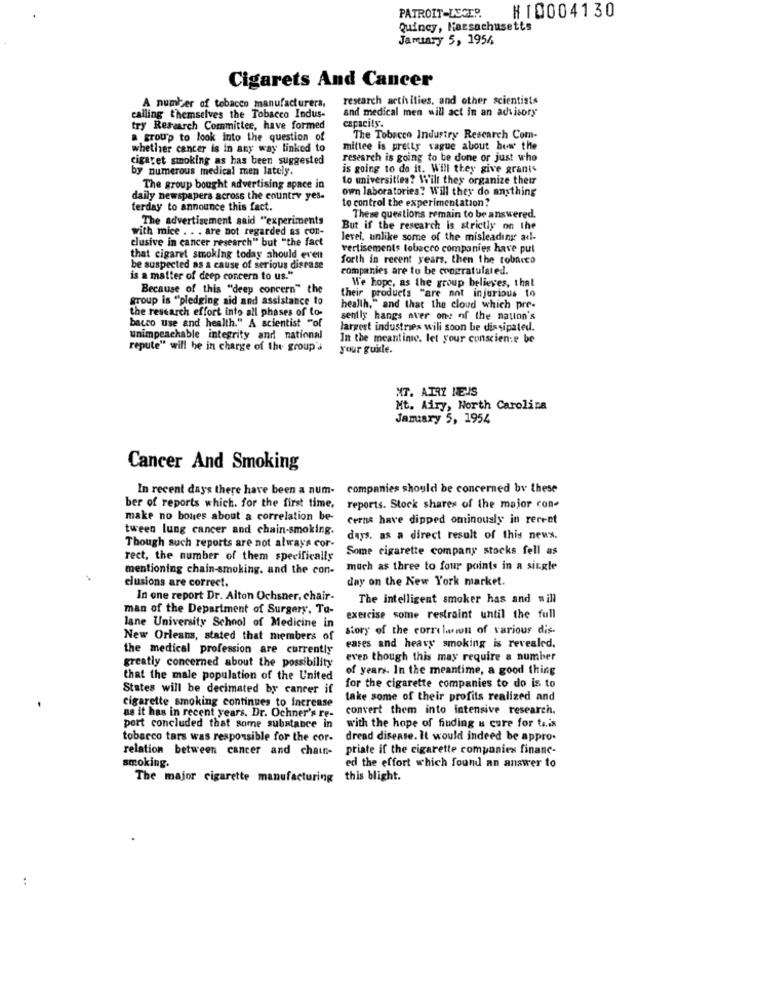
PATROIT-LUGER.
#10004130
Quincy, Massachusetts
January 5, 1954
Cigarets And Cancer
research activities, and other scientists
A number of tobacco manufacturers,
and medical men will act in an advisory
calling themselves the Tobacco Indus-
capacity.
try Research Committee, have formed
a group to look into the question of
The Tobacco Industry Rescarch Com-
whether cancer is in any way linked to
mittee is pretty vague about how the
cigaret smoking as has been suggested
research is going to be done or just who
by numerous medical men lately.
is going to do it. Will they give grants
to universities? Will they organize their
The group bought advertising space in
own laboratories? Will they do anything
daily newspapers across the country yes-
to control the experimentation?
terday to announce this fact.
The advertisement said "experiments
These questions remain to be answered.
with mice . . . are not regarded as con-
But if the research is strictly on the
clusive in cancer research" but "the fact
level, unlike some of the misleading ad-
vertisements tobacco companies have put
that cigaret smoking today should even
forth in recent years. then the tobacco
be suspected as a cause of serious disease
companies are to be congratulated.
is a matter of deep concern to us."
We hope, as the group believes, that
Because of this "deep concern" the
group is "pledging aid and assistance to
their products "are not injurious to
the research effort into all phases of to-
health," and that the cloud which pre-
bacco use and health." A scientist "of
sentiy hangs aver one of the nation's
largest industries will soon be dissipated.
unimpeachable integrity and national
In the meantime. let your conscien:e be
repute" will be in charge of the group's
your guile.
MT. ATRY ME.IS
Mt. Airy, North Carolina
January 5, 1954
Cancer And Smoking
In recent days there have been a num- companies should be concerned by these
ber of reports which. for the first time, reports. Stock shares of the major con-
make no bones about a correlation be-
cerne have dipped ominously in recent
tween lung cancer and chain-smoking.
days. as a direct result of this news.
Though such reports are not always cor-
Some cigarette company stocks fell as
rect, the number of them specifically
mentioning chain-smoking. and the con-
much as three to four points in a single
clusions are correct.
day on the New York market.
In one report Dr. Alton Ochsner, chair-
The intelligent smoker has and will
man of the Department of Surgery, To-
exercise some restraint until the full
lane University School of Medicine in
story of the corrilin of various dis-
New Orleans, stated that members of
the medical profession are currently
cases and heavy smoking is revealed.
even though this may require a number
greatly concerned about the possibility
of years. In the meantime, a good thing
that the male population of the United
States will be decimated by cancer if
for the cigarette companies to do is to
take some of their profits realized and
cigarette smoking continues to Increase
convert them into intensive research.
as it has in recent years. Dr. Ochner's re-
port concluded that some substance in
with the hope of finding a cure for tais
tobacco tars was responsible for the cor-
dread disease. It would indeed be appro.
relation between cancer and chain-
priate if the cigarette companies financ-
ed the effort which found an answer to
smoking.
The major cigarette manufacturing
this blight.